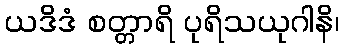
ယဒိဒံ စတ္တာရိ ပုရိသယုဂါနိ၊